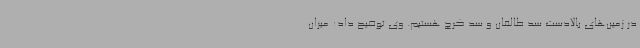
در زمین‌های بالادست سد طالقان و سد کرج هستیم. وی توضیح داد: میزان